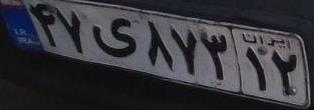
۴۷ی۸۷۳۱۲